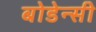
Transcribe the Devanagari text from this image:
बोडेन्सी